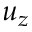
u _ { z }